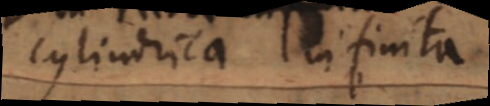
cylindrica infinita.